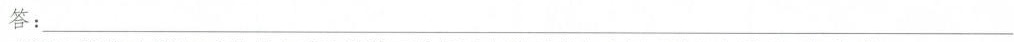
答：___